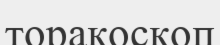
торакоскоп